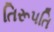
તિરૂપતિ